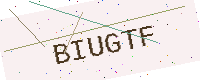
Text: BIUGTF